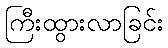
ကြီးထွားလာခြင်း